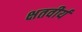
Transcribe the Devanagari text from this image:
क्षतवीर्य